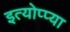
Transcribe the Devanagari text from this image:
इत्योप्प्या